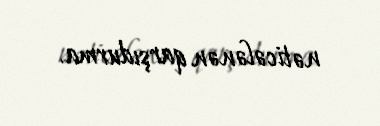
nəticələnən qarşıdurma.